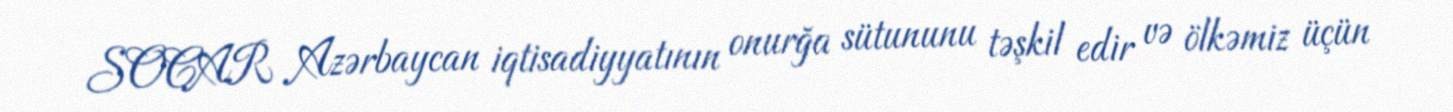
SOCAR Azərbaycan iqtisadiyyatının onurğa sütununu təşkil edir və ölkəmiz üçün